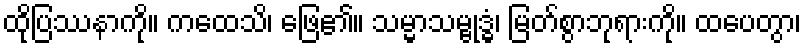
ထိုပြဿနာကို။ ကထေသိ၊ ဖြေ၏။ သမ္မာသမ္ဗုဒ္ဓံ၊ မြတ်စွာဘုရားကို။ ထပေတွာ၊